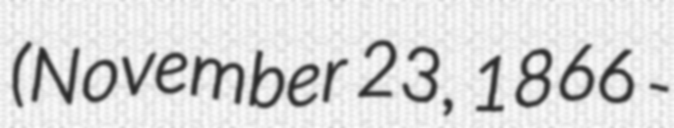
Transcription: (November 23, 1866 -